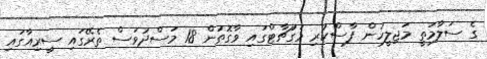
ގެ ސަލާމަތީ މަޖިލީހުން ފާސްކުރި މަގުޗާޓްގައި ވާގޮތުން 18 މަސްދުވަސް ތެރޭގައި ސީރިއާގައި